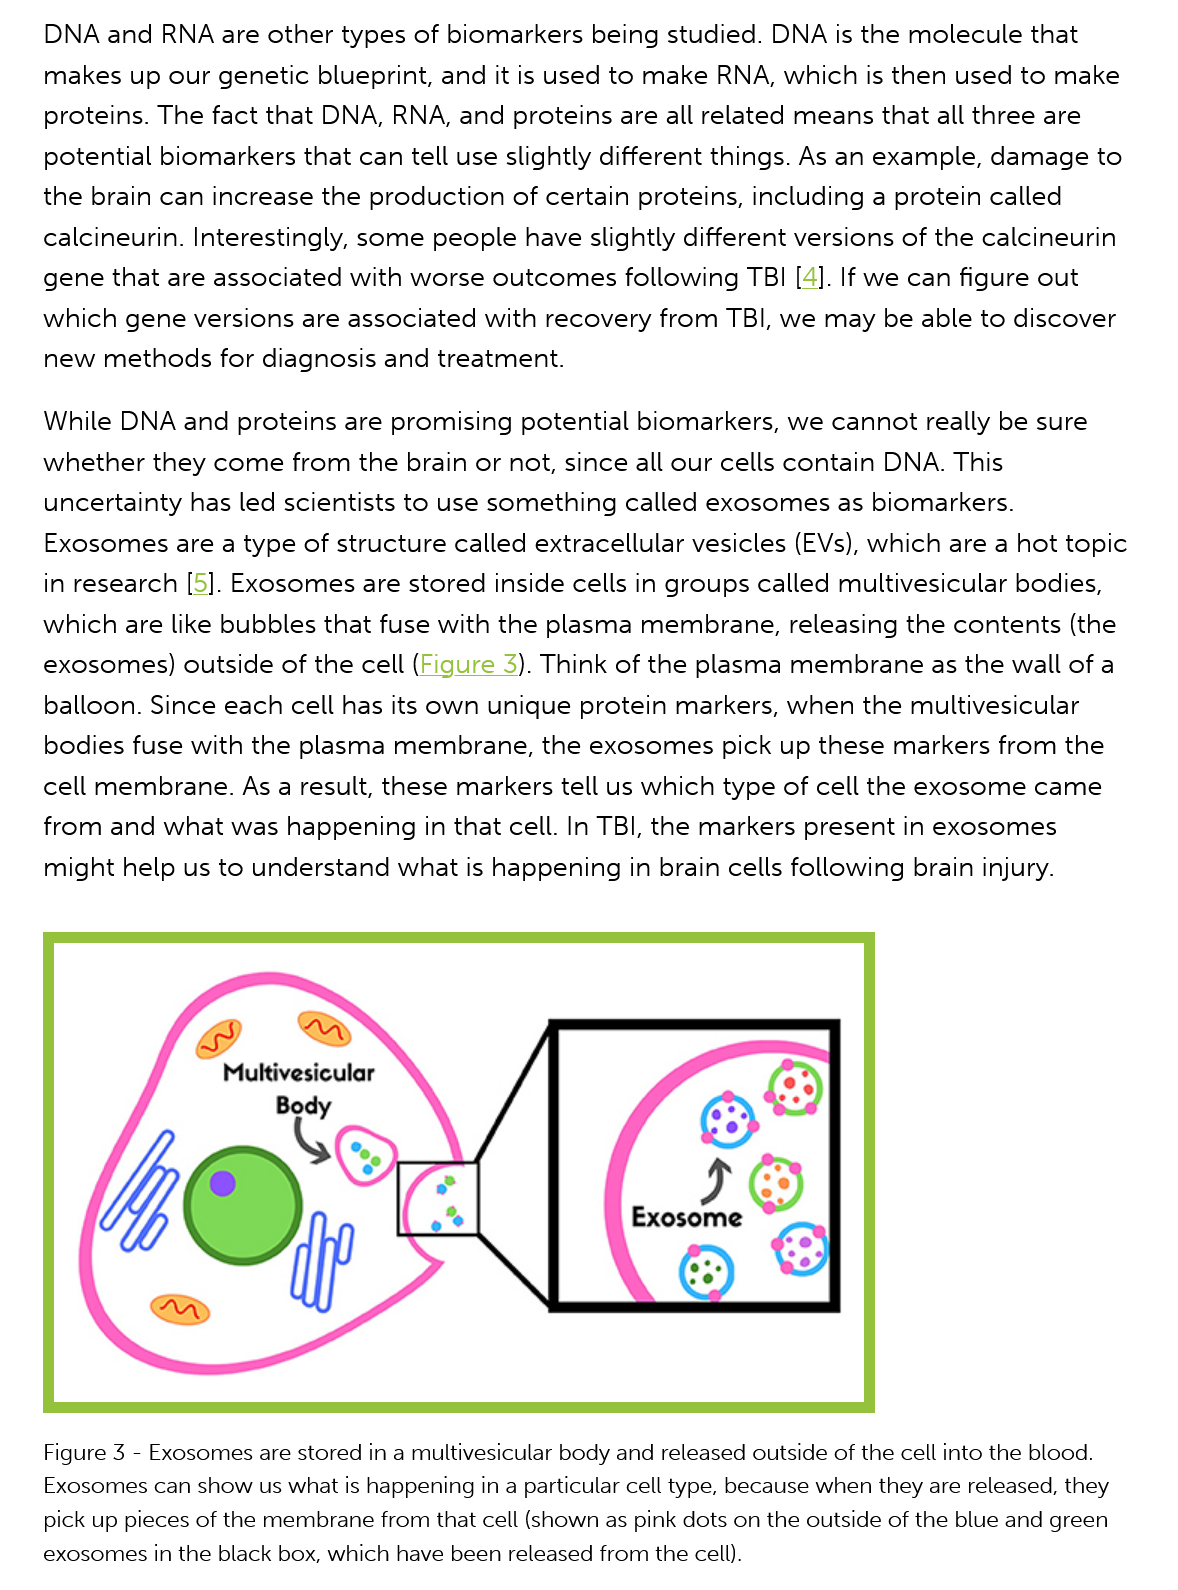
DNA and   RNA are other types of biomarkers being studied. DNA is the molecule that
    makes  up our genetic blueprint, and it is used to make RNA, which is then used to make
    proteins. The fact that DNA, RNA, and proteins are all related means that all three are
    potential biomarkers that can tell use slightly different things. As an example, damage to
    the brain can increase the production of certain proteins, including a protein called
    calcineurin. Interestingly, some people have slightly different versions of the calcineurin
    gene that are associated with worse outcomes following  TBI [4]. If we can figure out
    which  gene versions are associated with recovery from TBI, we may be able to discover
    new  methods for  diagnosis and treatment.
    While DNA and proteins  are promising potential biomarkers, we cannot really be sure
    whether  they come from  the brain or not, since all our cells contain DNA. This
    uncertainty has led scientists to use something called exosomes as biomarkers.
    Exosomes are  a type of structure called extracellular vesicles (EVs), which are a hot topic
    in research [5]. Exosomes are stored inside cells in groups called multivesicular bodies,
    which are like bubbles that fuse with the plasma membrane,  releasing the contents (the
    exosomes)  outside of the cell (Figure 3). Think of the plasma membrane as the wall of a
    balloon. Since each cell has its own unique protein markers, when the multivesicular
    bodies fuse with the plasma membrane,   the exosomes pick  up these markers from  the
    cell membrane.  As a result, these markers tell us which type of cell the exosome came
    from and  what was  happening in that cell. In TBI, the markers present in exosomes
    might help us to understand what is happening in brain cells following brain injury.
    Figure 3
     -
     Exosomes are stored in a multivesicular body and released outside of the cell into the blood.
    Exosomes can show us what is happening in a particular cell type, because when they are released, they
    pick up pieces of the membrane from that cell (shown as pink dots on the outside of the blue and green
    exosomes in the black box, which have been released from the cell).